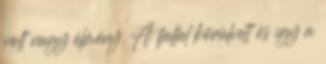
volt nagy élmény. A fallal körülvett és így a